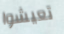
تعيشوا